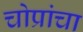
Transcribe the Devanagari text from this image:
चोप्रांचा